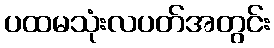
ပထမသုံးလပတ်အတွင်း